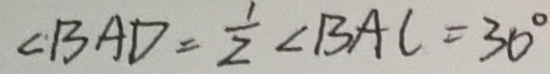
\angle B A D = \frac { 1 } { 2 } \angle B A C = 3 0 ^ { \circ }